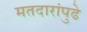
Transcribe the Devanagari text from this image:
मतदारांपुढे